Civil Veterinary Dept. Bombay admin report 1914-1922 - 1914-1922
Year: 1914
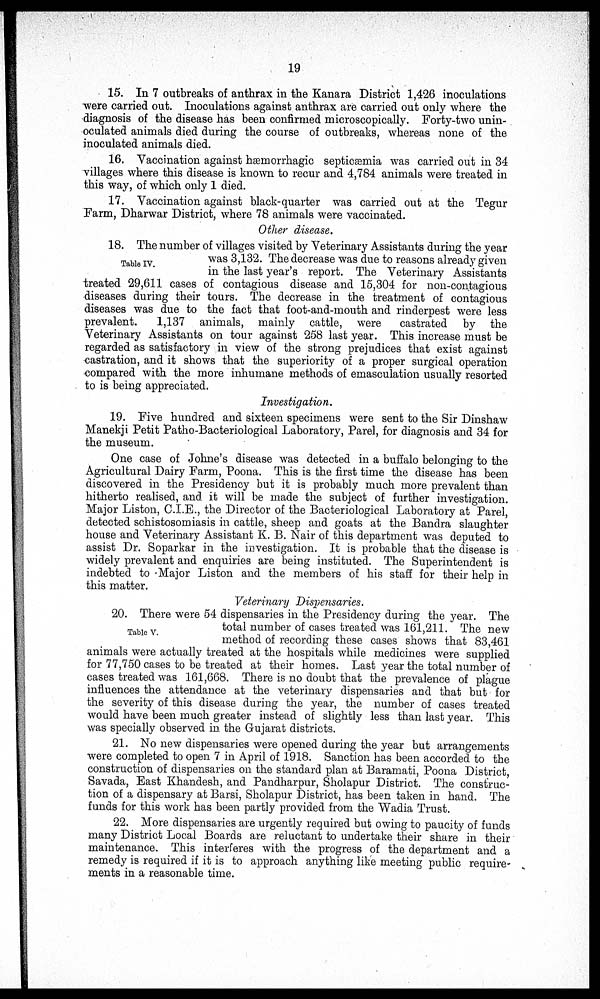
19
15. In 7 outbreaks of anthrax in the Kanara District 1,426 inoculations
were carried out. Inoculations against anthrax are carried out only where the
diagnosis of the disease has been confirmed microscopically. Forty-two unin-
oculated animals died during the course of outbreaks, whereas none of the
inoculated animals died.
16. Vaccination against Hæmorrhagic septicæmia was carried out in 34
villages where this disease is known to recur and 4,784 animals were treated in
this way, of which only 1 died.
17. Vaccination against black-quarter was carried out at the Tegur
Farm, Dharwar District, where 78 animals were vaccinated.
Other disease.
Table IV.
18. The number of villages visited by Veterinary Assistants during the year
was 3,132. The decrease was due to reasons already given
in the last year's report. The Veterinary Assistants
treated 29,611 cases of contagious disease and 15,304 for non-contagious
diseases during their tours. The decrease in the treatment of contagious
diseases was due to the fact that foot-and-mouth and rinderpest were less
prevalent.
1,137 animals, mainly cattle, were castrated by the
Veterinary Assistants on tour against 258 last year. This increase must be
regarded as satisfactory in view of the strong prejudices that exist against
castration, and it shows that the superiority of a proper surgical operation
compared with the more inhumane methods of emasculation usually resorted
to is being appreciated.
Investigation.
19. Five hundred and sixteen specimens were sent to the Sir Dinshaw
Manekji Petit Patho-Bacteriological Laboratory, Parel, for diagnosis and 34 for
the museum.
One case of Johne's disease was detected in a buffalo belonging to the
Agricultural Dairy Farm, Poona. This is the first time the disease has been
discovered in the Presidency but it is probably much more prevalent than
hitherto realised, and it will be made the subject of further investigation.
Major Liston, C.I.E., the Director of the Bacteriological Laboratory at Parel,
detected schistosomiasis in cattle, sheep and goats at the Bandra slaughter
house and Veterinary Assistant K. B. Nair of this department was deputed to
assist Dr. Soparkar in the investigation. It is probable that the disease is
widely prevalent and enquiries are being instituted. The Superintendent is
indebted to Major Liston and the members of his staff for their help in
this matter.
Veterinary Dispensaries.
Table V.
20. There were 54 dispensaries in the Presidency during the year. The
total number of cases treated was 161,211. The new
method of recording these cases shows that 83,461
animals were actually treated at the hospitals while medicines were supplied
for 77,750 cases to be treated at their homes. Last year the total number of
cases treated was 161,668. There is no doubt that the prevalence of plague
influences the attendance at the veterinary dispensaries and that but for
the severity of this disease during the year, the number of cases treated
would have been much greater instead of slightly less than last year. This
was specially observed in the Gujarat districts.
21. No new dispensaries were opened during the year but arrangements
were completed to open 7 in April of 1918. Sanction has been accorded to the
construction of dispensaries on the standard plan at Baramati, Poona District,
Savada, East Khandesh, and Pandharpur, Sholapur District. The construc-
tion of a dispensary at Barsi, Sholapur District, has been taken in hand. The
funds for this work has been partly provided from the Wadia Trust.
22. More dispensaries are urgently required but owing to paucity of funds
many District Local Boards are reluctant to undertake their share in their
maintenance. This interferes with the progress of the department and a
remedy is required if it is to approach anything like meeting public require-
ments in a reasonable time.